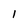
Character: 1